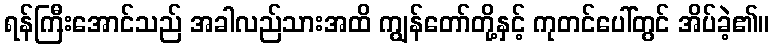
ရန်ကြီးအောင်သည် အခါလည်သားအထိ ကျွန်တော်တို့နှင့် ကုတင်ပေါ်တွင် အိပ်ခဲ့၏။